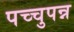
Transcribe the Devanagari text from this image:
पच्चुपन्न